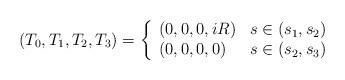
LaTeX: \begin{align*}(T_0,T_1,T_2,T_3)=\left\{\begin{array}{ll}(0,0,0,iR)&s\in(s_1,s_2)\\(0,0,0,0)&s\in(s_2,s_3)\end{array}\right.\end{align*}